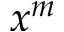
x ^ { m }